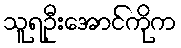
သူရဦးအောင်ကိုက